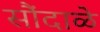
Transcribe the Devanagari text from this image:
सौंदाळे